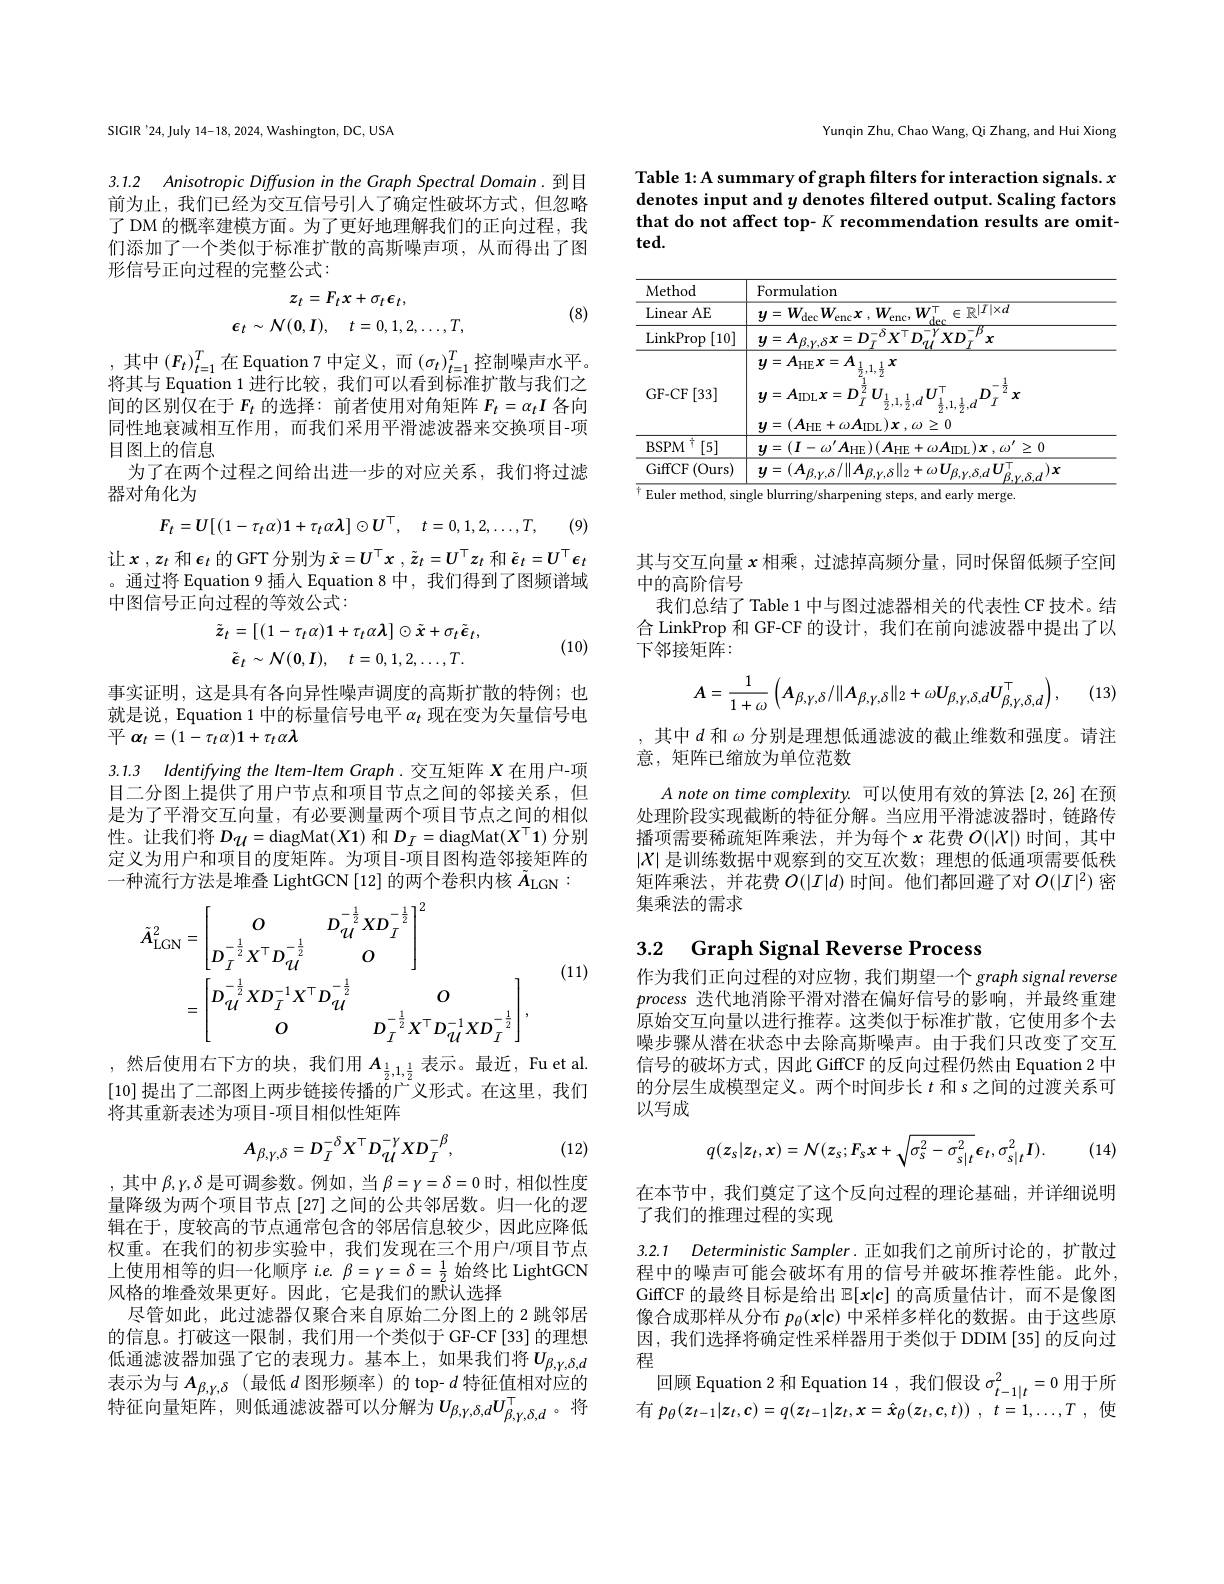
Yunqin Zhu, Chao Wang, Qi Zhang, and Hui Xiong

Table 1: A summary of graph filters for interaction signals. x denotes input and y denotes filtered output. Scaling factors that do not affect top- $K$ recommendation results are omitted.

<table>
	<tbody>
		<tr>
			<th>Method</th>
			<th>Formulation</th>
		</tr>
		<tr>
			<td>$\operatorname{Linear}$AE</td>
			<td>$y= W_{\mathrm{dec}}W_{\mathrm{enc}}\boldsymbol{x}$ , $W_{\mathrm{enc}}$, $W_{\mathrm{s} }^{\mathrm{T} }$ $\in \mathbb{R} ^{| I| \times d}$</td>
		</tr>
		<tr>
			<td>$\operatorname{LinkProp}$ [10]</td>
			<td>$y=A_{\beta\nu\delta}x=D_{\tau}^{-\delta}X^{\:|}D_{qL}^{\:r}XD_{\tau}$ $x$</td>
		</tr>
		<tr>
			<td>GF- CF [33]</td>
			<td>$y=A_{\mathrm{HE}}x=A$ $\angle A$ $y= A_{\mathrm{IDL}}x= D_{T}^{2}$ $U$ 111 72 $X$ 六 $\boldsymbol{y}= ( \boldsymbol{A}_{\mathrm{HE}}+ \omega \boldsymbol{A}_{\mathrm{IDL}}) \boldsymbol{x}$ , $\omega \geq 0$</td>
		</tr>
		<tr>
			<td>$BSPM$ T [5] 112</td>
			<td>$\boldsymbol{y}=(\boldsymbol{I}-\omega^{\prime}\boldsymbol{A}_{\mathrm{HE}})(\boldsymbol{A}_{\mathrm{HE}}+\omega\boldsymbol{A}_{\mathrm{IDL}})\boldsymbol{x},\omega^{\prime}\geq0$</td>
		</tr>
		<tr>
			<td>$\exists($Ours) GiffCF 1</td>
			<td>$\boldsymbol{y}=(\boldsymbol{A}_{\beta,\gamma,\delta}/\|\boldsymbol{A}_{\beta,\gamma,\delta}\|_{2}+\omega\boldsymbol{U}_{\beta,\gamma,\delta,d}\boldsymbol{U}_{\beta,}^{\top}$ ${\mathrm{.}}$</td>
		</tr>
	</tbody>
</table>
$\frac{1}{\text{ Euler method, single blurring/sharpening steps, and early merge.}}$

SIGIR'24,July 14-18, 2024, Washington, DC, USA

3.1.2 Anisotropic Diffusion in the Graph Spectral Domain.到目

前为止，我们已经为交互信号引人了确定性破坏方式，但忽略了 DM 的概率建模方面。为了更好地理解我们的正向过程，我们添加了一个类似于标准扩散的高斯噪声项，从而得出了图形信号正向过程的完整公式：
$$z_{t}=F_{t}x+\sigma_{t}\epsilon_{t},\\\epsilon_{t}\sim N(0,I),\quad t=0,1,2,\ldots,T,$$
(8)

,其中$(F_t)_t=1^T$在Equation 7 中定义，而$(\sigma_t)_t=1^T$控制噪声水平。将其与 Equation 1 进行比较，我们可以看到标准扩散与我们之间的区别仅在于$F_t$的选择：前者使用对角矩阵$F_t=\alpha_tI$各向同性地衰减相互作用，而我们采用平滑滤波器来交换项目-项目图上的信息
为了在两个过程之间给出进一步的对应关系，我们将过滤
器对角化为
$$F_{t}=U[(1-\tau_{t}\alpha)\mathbf{1}+\tau_{t}\alpha\mathbf{\lambda}]\odot U^{\top},\quad t=0,1,2,\ldots,T,$$
(9)

让$\boldsymbol x,z_t$和$\boldsymbol\epsilon_t$的 GFT 分别为$\tilde{x} = \boldsymbol{U}^\top \boldsymbol{x}$ , $\tilde{z} _t= \boldsymbol{U}^\top \boldsymbol{z}_t$和$\tilde{\epsilon}_t=\boldsymbol U^\top\boldsymbol\epsilon_t$ 。通过将 Equation 9 插人 Equation 8 中，我们得到了图频谱域中图信号正向过程的等效公式：
$$\tilde{z}_{t}=[(1-\tau_{t}\alpha)\mathbf{1}+\tau_{t}\alpha\lambda]\odot\tilde{x}+\sigma_{t}\tilde{\epsilon}_{t},\\\tilde{\epsilon}_{t}\sim\mathcal{N}(0,I),\quad t=0,1,2,\ldots,T.$$
(10)

事实证明，这是具有各向异性噪声调度的高斯扩散的特例；也就是说，Equation 1 中的标量信号电平$\alpha_t$现在变为矢量信号电$平$ $\alpha _{t}= ( 1- \tau _{t}\alpha ) 1+ \tau _{t}\alpha \lambda$

3.1.3 Identifying the Item-Item Graph.交互矩阵 X 在用户-项

目二分图上提供了用户节点和项目节点之间的邻接关系，但是为了平滑交互向量，有必要测量两个项目节点之间的相似性。让我们将$D_{\mathcal{U}}=$diagMat$(X\mathbf{1})$和$D_I=$diagMat$(X^\top\mathbf{1})$分别定义为用户和项目的度矩阵。为项目-项目图构造邻接矩阵的一种流行方法是堆叠 LightGCN [12] 的两个卷积内核$\tilde{A}_\mathrm{LGN}:$
$$\begin{aligned}\tilde{A}_{\mathrm{LGN}}^{2}&=\begin{bmatrix}O&D_{\mathcal U}^{-\frac{1}{2}}XD_{I}^{-\frac{1}{2}}\\D_{I}^{-\frac{1}{2}}X^{\top}D_{\mathcal U}^{-\frac{1}{2}}&O\end{bmatrix}^{2}\\&=\begin{bmatrix}D_{\mathcal U}^{-\frac{1}{2}}XD_{I}^{-1}X^{\top}D_{\mathcal U}^{-\frac{1}{2}}&O\\O&D_{I}^{-\frac{1}{2}}X^{\top}D_{\mathcal U}^{-1}XD_{I}^{-\frac{1}{2}}\end{bmatrix},\end{aligned}$$
(11)

,然后使用右下方的块，我们用$A_\frac12,1,\frac12$表示。最近，Fu et al. [10]提出了二部图上两步链接传播的广义形式。在这里，我们将其重新表述为项目-项目相似性矩阵
$$A_{\beta,\gamma,\delta}=D_{I}^{-\delta}X^{\top}D_{\mathcal U}^{-\gamma}XD_{I}^{-\beta},$$
(12)

,其中$\beta,\gamma,\delta$是可调参数。例如，当$\beta=\gamma=\delta=0$时，相似性度量降级为两个项目节点[27]之间的公共邻居数。归一化的逻辑在于，度较高的节点通常包含的邻居信息较少，因此应降低权重。在我们的初步实验中，我们发现在三个用户/项目节点上使用相等的归一化顺序$i.e.\beta=\gamma=\delta=\frac{1}{2}$始终比 LightGCN 风格的堆叠效果更好。因此，它是我们的默认选择
尽管如此，此过滤器仅聚合来自原始二分图上的 2 跳邻居的信息。打破这一限制，我们用一个类似于 GF-CF[33] 的理想低通滤波器加强了它的表现力。基本上，如果我们将$U_{\beta,\gamma,\delta,d}$ 表示为与$A_{\beta,\gamma,\delta}$ (最低$d$图形频率)的 top- $d$特征值相对应的特征向量矩阵，则低通滤波器可以分解为$U_\beta,\gamma,\delta,dU_{\beta,\gamma,\delta,d}^{\top}$。将

其与交互向量$x$相乘，过滤掉高频分量，同时保留低频子空间
中的高阶信号
我们总结了 Table 1 中与图过滤器相关的代表性 CF 技术。结合 LinkProp 和 GF-CF 的设计，我们在前向滤波器中提出了以下邻接矩阵：
$$A=\frac{1}{1+\omega}\left(A_{\beta,\gamma,\delta}/\|A_{\beta,\gamma,\delta}\|_{2}+\omega U_{\beta,\gamma,\delta,d}U_{\beta,\gamma,\delta,d}^{\top}\right),$$
(13)

其中$d$和$\omega$分别是理想低通滤波的截止维数和强度。请注
意，矩阵已缩放为单位范数
$A\textit{ note on time complexity. 可 以 使 用 有 效 的 算 法 [ 2, 26] 在 预 }$ 处理阶段实现截断的特征分解。当应用平滑滤波器时，链路传播项需要稀疏矩阵乘法，并为每个$x$花费$O(|X|)$时间，其中$|X|$是训练数据中观察到的交互次数；理想的低通项需要低秩矩阵乘法，并花费$O(|I|d)$时间。他们都回避了对$O(|I|^2)$密集乘法的需求

## 3.2 Graph Signal Reverse Process

作为我们正向过程的对应物 , 我们期望一个 graph signal reverse process迭代地消除平滑对潜在偏好信号的影响，并最终重建原始交互向量以进行推荐。这类似于标准扩散，它使用多个去噪步骤从潜在状态中去除高斯噪声。由于我们只改变了交互信号的破坏方式，因此 GiffCF 的反向过程仍然由 Equation 2 中的分层生成模型定义。两个时间步长$t$和 s之间的过渡关系可以写成
$$q(z_{s}|z_{t},x)=\mathcal{N}(z_{s};F_{s}x+\sqrt{\sigma_{s}^{2}-\sigma_{s|t}^{2}}\epsilon_{t},\sigma_{s|t}^{2}I).$$
(14)

在本节中，我们奠定了这个反向过程的理论基础，并详细说明
了我们的推理过程的实现

3.2.1 $DeterministicSampler.$正如我们之前所讨论的，扩散过

程中的噪声可能会破坏有用的信号并破坏推荐性能。此外， GiffCF 的最终目标是给出$\mathbb{E}[x|c]$的高质量估计，而不是像图像合成那样从分布$p_\theta(x|\mathfrak{c})$中采样多样化的数据。由于这些原因，我们选择将确定性采样器用于类似于 DDIM[35]的反向过程
回顾 Equation 2 和 Equation 14 , 我们假设$\sigma_t-1|t^2=0$用于所有$p_\theta ( z_{t- 1}| z_t, c) = q( z_{t- 1}| z_t, x= \hat{\boldsymbol{x}} _\theta ( z_t, c, t) )$ , $t= 1, \ldots , T$ ,使